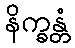
နိက္ခန္တံ